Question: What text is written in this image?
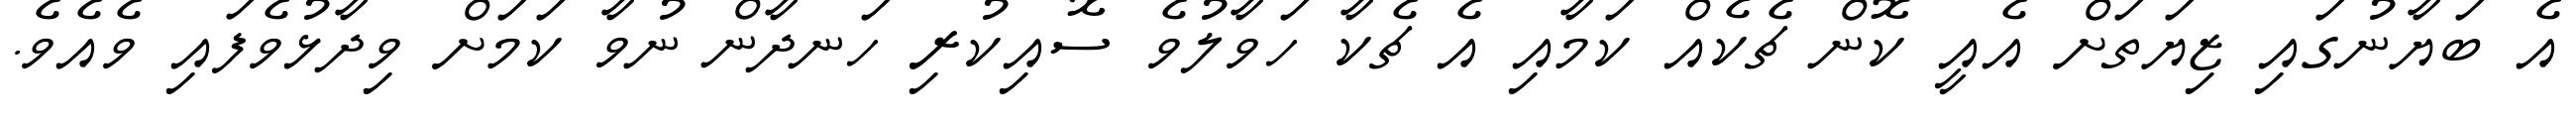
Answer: އެ ބަޔާނުގައި ޒިޔަތަށް އެއީ ކޮން ޗެކެއް ކަމާއި އެ ޗެކާ ހަވާލުވެ ސޮއިކުރި ހަނދާން ނުވާ ކަމަށް ވިދާޅުވެފައި ވެއެވެ.